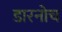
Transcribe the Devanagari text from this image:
डारनोच